Scottish assistants in French schools and colleges, 1920
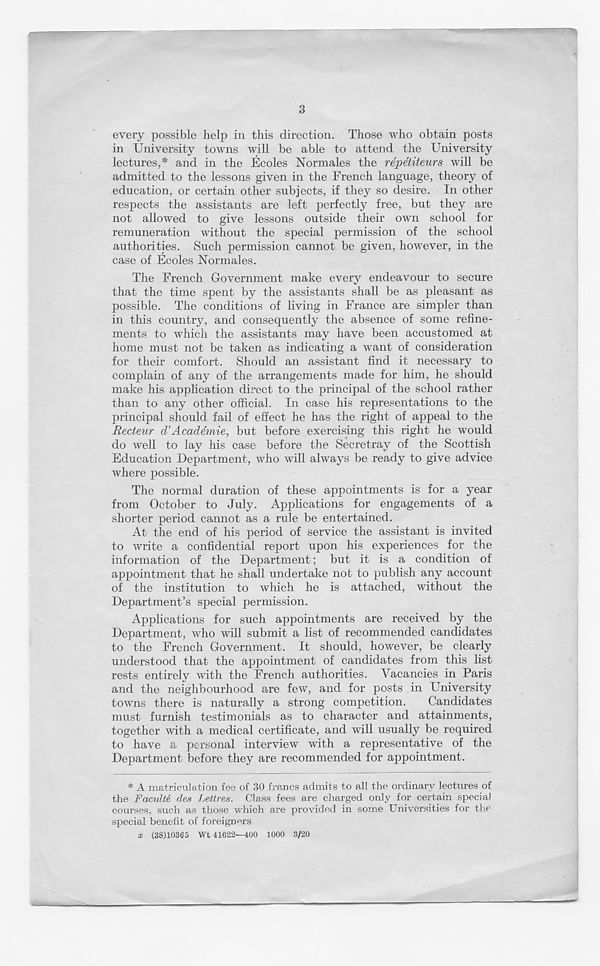
3
every possible help in this direction. Those who obtain posts
in University towns will be able to attend the University
lectures,* and in the Ecoles Normales the repetiteurs will be
admitted to the lessons given in the French language, theory of
education, or certain other subjects, if they so desire. In other
respects the assistants are left perfectly free, but they are
not allowed to give lessons outside their own school for
remuneration without the special permission of the school
authorities. Such permission cannot be given, however, in the
case of Ecoles Normales.
The French Government make every endeavour to secure
that the time spent by the assistants shall be as pleasant as
possible. The conditions of living in France are simpler than
in this country, and consequently the absence of some refine-
ments to which the assistants may have been accustomed at
home must not be taken as indicating a want of consideration
for their comfort. Should an assistant find it necessary to
complain of any of the arrangements made for him, he should
make his application direct to the principal of the school rather
than to any other official. In case his representations to the
principal should fail of effect he has the right of appeal to the
Recteur (RAcademie, but before exercising this right he would
do well to lay his case before the Secretray of the Scottish
Education Department, who will always be ready to give advice
where possible.
The normal duration of these appointments is for a year
from October to July. Applications for engagements of a
shorter period cannot as a rule be entertained.
At the end of his period of service the assistant is invited
to write a confidential report upon his experiences for the
information of the Department; but it is a condition of
appointment that he shall undertake not to publish any account
of the institution to which he is attached, without the
Department’s special permission.
Applications for such appointments are received by the
Department, who will submit a list of recommended candidates
to the French Government. It should, however, be clearly
understood that the appointment of candidates from this list
rests entirely with the French authorities. Vacancies in Paris
and the neighbourhood are few, and for posts in University
towns there is naturally a strong competition.
Candidates
must furnish testimonials as to character and attainments,
together with a medical certificate, and will usually be required
to have a personal interview with a representative of the
Department before they are recommended for appointment.
* A matriculation fee of 30 francs admits to all the ordinary lectures of
the Faculte des Lettres. Class fees are charged only for certain special
courses, such as those which are provided in some Universities for the
special benefit of foreigners
x (38)10365 Wt 41622—400 1000 3/20